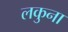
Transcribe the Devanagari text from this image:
लकुना